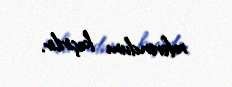
referendum keçirilir.